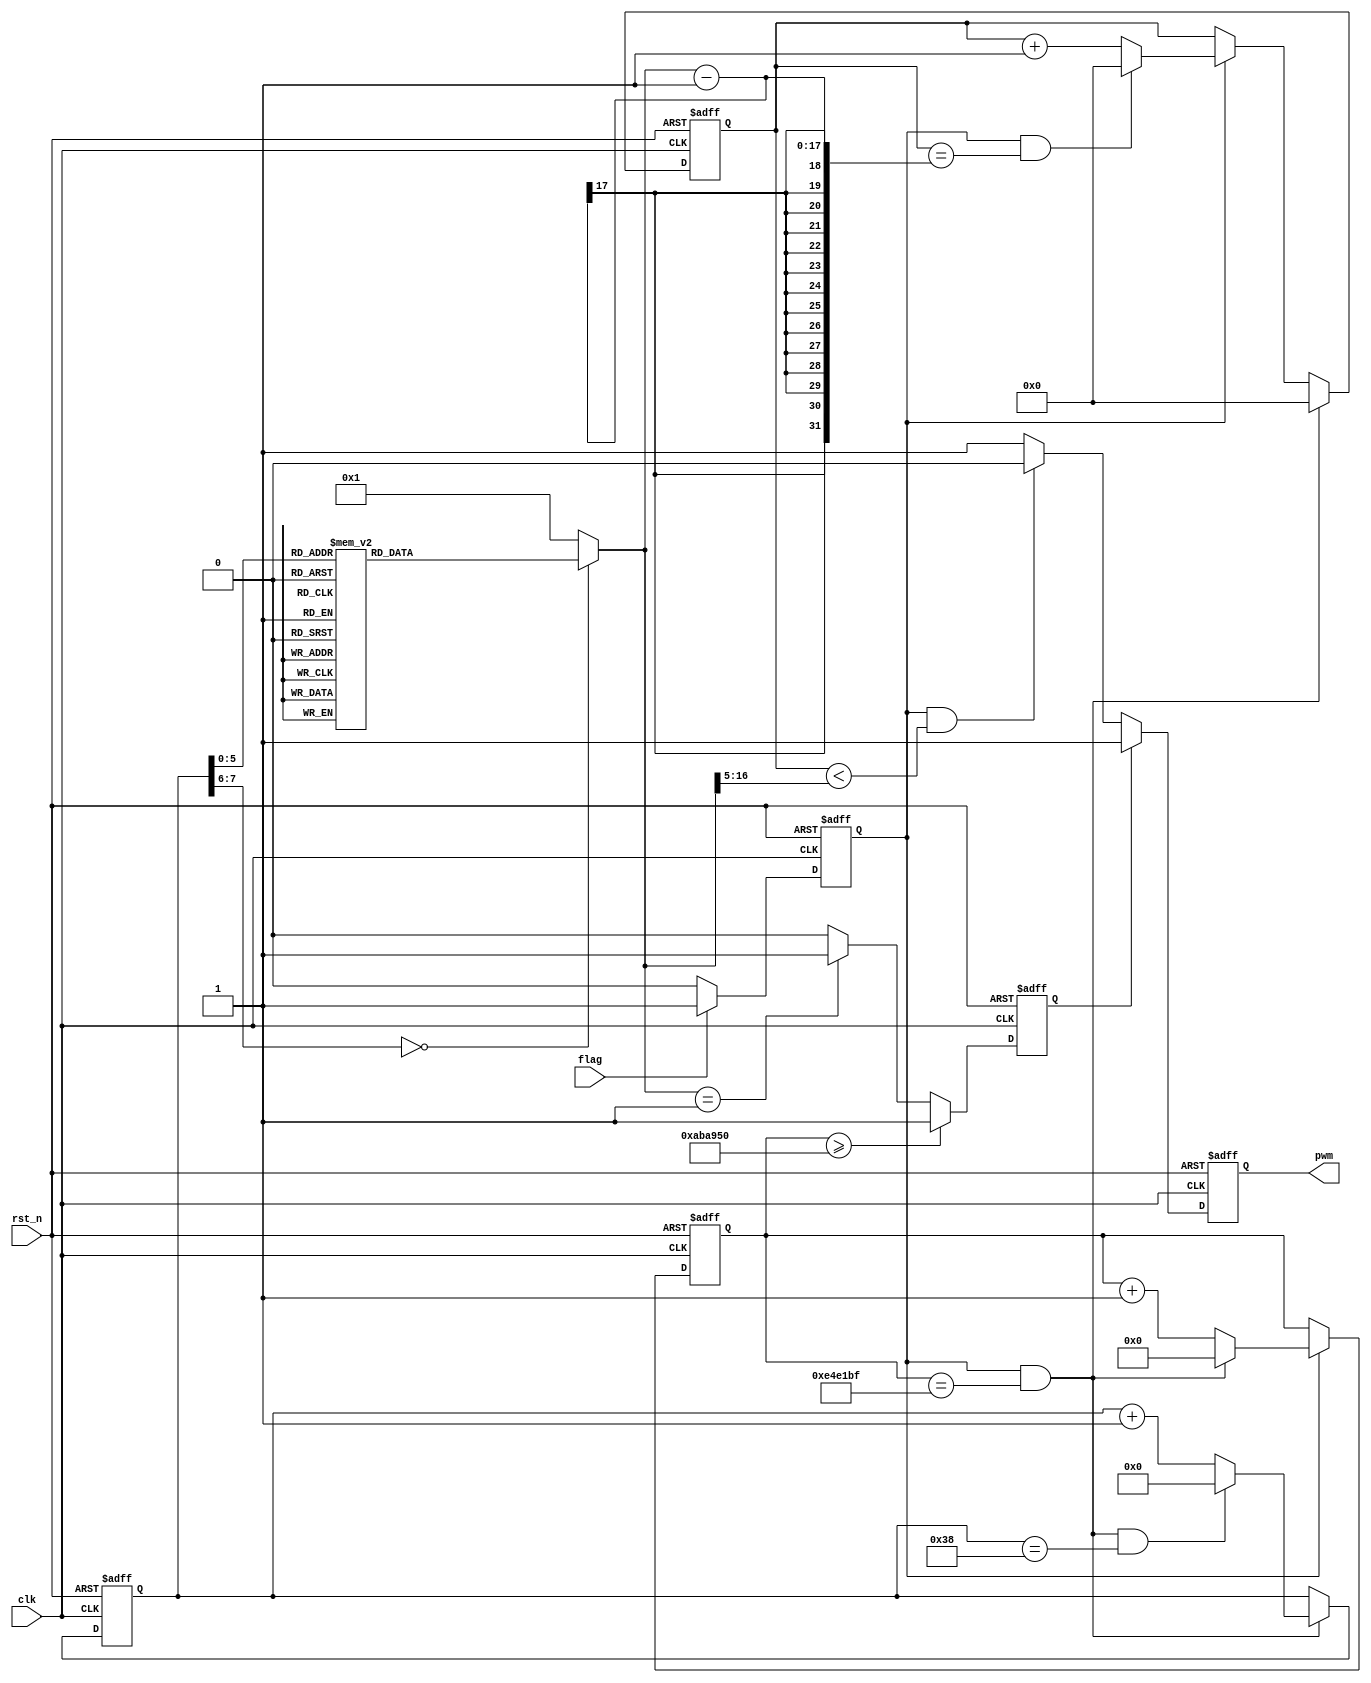
module beep#(parameter CLK_PRE = 50_000_000, TIME_300MS = 15_000_000)(
    input           clk     ,
    input           rst_n   ,
    input          flag     ,
    output reg      pwm
);
    //  

    parameter   
        DO_ = CLK_PRE / 262,
        RE_ = CLK_PRE / 294,
        MI_ = CLK_PRE / 330,
        FA_ = CLK_PRE / 349,
        SO_ = CLK_PRE / 392,
        LA_ = CLK_PRE / 440,
        SI_ = CLK_PRE / 494,             
        DO = CLK_PRE / 523,
        RE = CLK_PRE / 587,
        MI = CLK_PRE / 659,
        FA = CLK_PRE / 698,
        SO = CLK_PRE / 784,
        LA = CLK_PRE / 880,
        SI = CLK_PRE / 988;

    reg         [16:0]      cnt1    ;   //
    wire                    add_cnt1;
    wire                    end_cnt1;
    reg         [16:0]      X       ;   //cnt1

    reg         [23:0]      cnt2    ;   //300ms
    wire                    add_cnt2;
    wire                    end_cnt2;

    reg         [7:0]       cnt3    ;   //48
    wire                    add_cnt3;
    wire                    end_cnt3;

    reg                     ctrl    ;   //25%
    reg                     en      ;

    always @(posedge clk or negedge rst_n)begin 
        if(!rst_n)begin
            en <= 0;
        end 
        else if(flag == 1'b1)begin 
            en <= 1'b1;
        end
        else begin 
            en <= 1'b0;
        end 
    end

    always @(posedge clk or negedge rst_n)begin
        if(!rst_n)begin
            cnt1 <= 17'b0;
        end
        else if(end_cnt2)begin
            cnt1 <= 17'b0;
        end
        else if(add_cnt1)begin
            if(end_cnt1)begin
                cnt1 <= 17'b0;
            end
            else begin
                cnt1 <= cnt1 + 1'b1;
            end
        end
        else begin
            cnt1 <= cnt1;
        end 
    end

    assign add_cnt1 = en;
    assign end_cnt1 = add_cnt1 && cnt1 == X - 1;

    always @(posedge clk or negedge rst_n)begin
        if(!rst_n)begin
            cnt2 <= 24'b0;
        end
        else if(add_cnt2)begin
            if(end_cnt2)begin
                cnt2 <= 24'b0;
            end
            else begin
                cnt2 <= cnt2 + 1'b1;
            end
        end
        else begin
            cnt2 <= cnt2;
        end
    end 

    assign add_cnt2 = en;
    assign end_cnt2 = add_cnt2 && cnt2 == TIME_300MS -1;

    always @(posedge clk or negedge rst_n)begin
        if(!rst_n)begin
            cnt3 <= 6'b0;
        end
        else if(add_cnt3)begin
            if(end_cnt3)begin
                cnt3 <= 24'b0;
            end
            else begin
                cnt3 <= cnt3 + 1'b1;
            end
        end
        else begin
            cnt3 <= cnt3;
        end
    end 

    assign add_cnt3 = end_cnt2;
    assign end_cnt3 = add_cnt3 && cnt3 == 57 - 1;


    always @(*)begin
               case (cnt3)
0:          X = MI;
1:          X = MI;

2:          X = MI;
3:          X = FA;

4:          X = MI;        
5:          X = MI;  

6:          X = RE;         
7:          X = DO;

8:          X = RE;     
9:          X = RE;

10:         X = RE;    
11:         X = MI;

12:         X = SO_;      
13:         X = SO_;

14:         X = 1;     
15:         X = 1;

16:         X = LA_;       
17:         X = LA_;

18:         X = LA_;     
19:         X = SI_;

20:         X = DO;      
21:         X = DO;

22:         X = SI_;       
23:         X = LA_;

24:         X = SO_;              
25:         X = SO_;  

26:         X = SO_;              
27:         X = MI;         

28:         X = MI;      
29:         X = MI;

30:         X = 1;      
31:         X = 1;


32:         X = MI;
33:         X = MI;

34:         X = MI;
35:         X = FA;

36:         X = SO;        
37:         X = SO; 

38:         X = MI;        
39:         X = DO; 

40:         X = RE;
41:         X = RE;

42:         X = RE;
43:         X = FA;
       
44:       X = RE; 
45:       X = RE;  

46:       X = 1;  
47:       X = 1; 

48:       X = DO;
49:       X = DO;

50:       X = SO_;
51:       X = LA_;

52:       X = DO;
53:       X = DO;

54:       X = FA;
55:       X = FA;

56:       X = 1;
57:       X = 1;
default:X=1;
        endcase
    end

    always @(posedge clk or negedge rst_n)begin
        if(!rst_n)begin
            ctrl <= 1'b0;
        end
        else if(cnt2 >= ((TIME_300MS >> 1) + (TIME_300MS >>2)))begin
            ctrl <= 1'b1;
        end
        else if(X == 1)begin
            ctrl <= 1'b1;
        end
        else begin
            ctrl <= 1'b0;
        end
    end

    always @(posedge clk or negedge rst_n)begin
        if(!rst_n)begin
            pwm <= 1'b1;
        end
        else if(ctrl)begin
            pwm <= 1'b1;
        end
        else if(en && (cnt1 < (X >> 5)))begin
            pwm <= 1'b0;
        end
        else begin
            pwm <= 1'b1;
        end
    end


endmodule